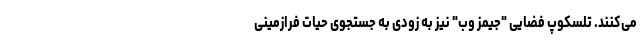
می‌کنند. تلسکوپ فضایی "جیمز وب" نیز به زودی به جستجوی حیات فرازمینی